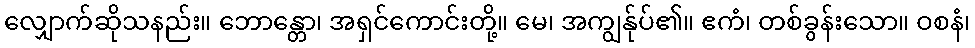
လျှောက်ဆိုသနည်း။ ဘောန္တော၊ အရှင်ကောင်းတို့။ မေ၊ အကျွန်ုပ်၏။ ဧကံ၊ တစ်ခွန်းသော။ ဝစနံ၊